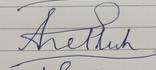
Signature authenticity: forged